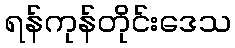
ရန်ကုန်တိုင်းဒေသ